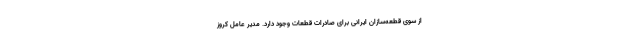
از سوی قطعه‌سازان ایرانی برای صادرات قطعات وجود دارد. مدیر عامل کروز